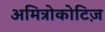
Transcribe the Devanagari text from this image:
अमित्रोकोटिज़